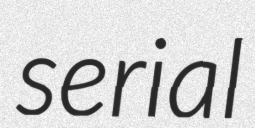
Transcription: serial